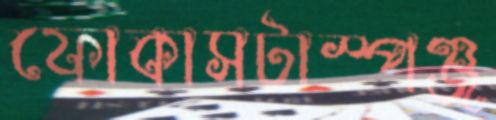
ফোকাসটাস্পঞ্জ